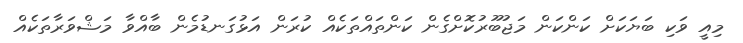
މިއީ ވަކި ބަޔަކަށް ކަންކަން މަޖުބޫރުކޮށްގެން ކަންތައްތަކެއް ކުރަން އަޅުގަނޑުމެން ބާއްވާ މަޝްވަރާތަކެއް